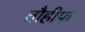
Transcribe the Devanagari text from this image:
तौहीफ